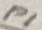
Text: P1